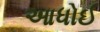
આધોઈ